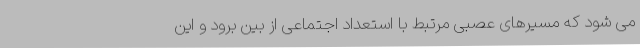
می شود که مسیرهای عصبی مرتبط با استعداد اجتماعی از بین برود و این